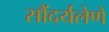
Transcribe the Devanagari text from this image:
सौंदर्यलेणे